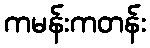
ကမန်းကတန်း